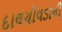
દાલચીવડાની